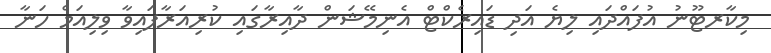
މިކާރޓޫނު އުފައްދައި ލިޔެ އަދި ޑައިރެކްޓް އެނިމޭޝަން ދާއިރާގައި ކުރިއަރާފައިވާ ވިލިއަމް ހަނާ